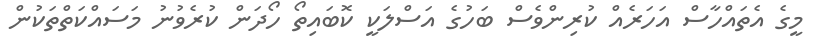
މީގެ އެތައްހާސް އަހަރެއް ކުރިންވެސް ބަހުގެ އަސްލަކީ ކޮބައިތޯ ހޯދަން ކުރެވުނު މަސައްކަތްތަކުން